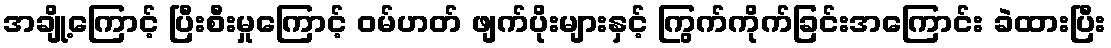
အချို့ကြောင့် ပြီးစီးမှုကြောင့် ဝမ်ဟတ် ဖျက်ပိုးများနှင့် ကြွက်ကိုက်ခြင်းအကြောင်း ခဲထားပြီး